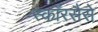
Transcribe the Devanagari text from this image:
स्कॉरसैसे